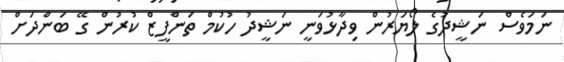
ނަމަވެސް ނަޝީދުގެ ލޯޔަރުން ވިދާޅުވަނީ ނަޝީދު ހުކުމް ތަންފީޒް ކުރުން ގޭ ބަންދަށް